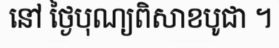
នៅ ថ្ងៃបុណ្យពិសាខបូជា ។